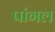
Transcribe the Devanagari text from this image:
पांगल